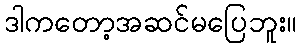
ဒါကတော့အဆင်မပြေဘူး။